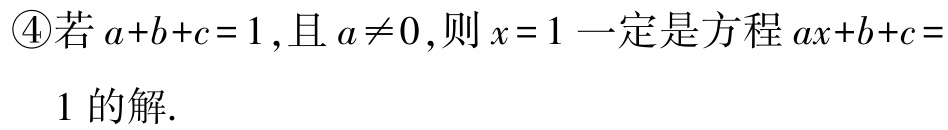
\textcircled{4}若\(a + b + c = 1\),且\(a\neq0\),则\(x = 1\)一定是方程\(ax + b + c = 1\)的解.